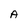
Character: A